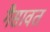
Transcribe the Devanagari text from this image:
गैसावत